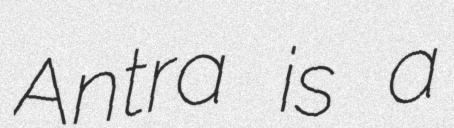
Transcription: Antra is a